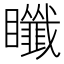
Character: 𥍀